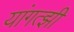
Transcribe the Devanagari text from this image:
यांगत्झी